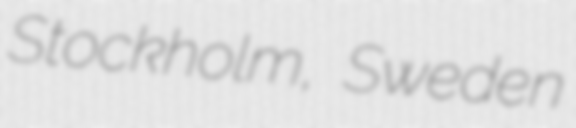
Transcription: Stockholm, Sweden